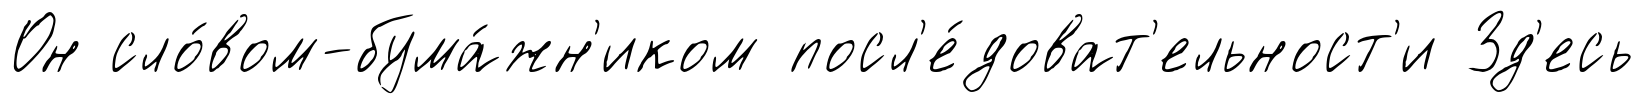
Он сло́вом-бума́жн'иком посл'е́доват'ельност'и Зд'есь